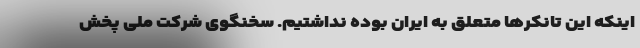
اینکه این تانکرها متعلق به ایران بوده نداشتیم. سخنگوی شرکت ملی پخش